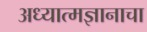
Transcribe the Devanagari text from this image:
अध्यात्मज्ञानाचा